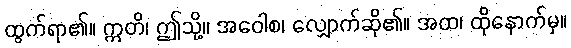
ထွက်ရာ၏။ ဣတိ၊ ဤသို့။ အဝေါစ၊ လျှောက်ဆို၏။ အထ၊ ထိုနောက်မှ။